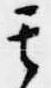
其